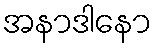
အနာဒါနော